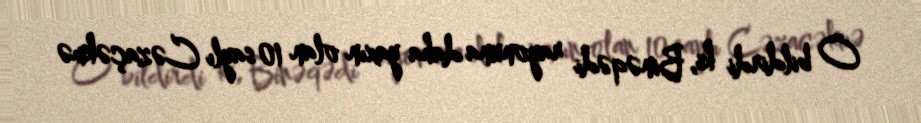
O bildirdi ki, Binəqədi rayonuna daha yaxın olan 10 saylı Cəzaçəkmə